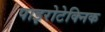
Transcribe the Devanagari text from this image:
पाइरोटेक्निक